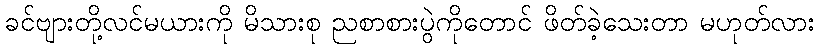
ခင်ဗျားတို့လင်မယားကို မိသားစု ညစာစားပွဲကိုတောင် ဖိတ်ခဲ့သေးတာ မဟုတ်လား